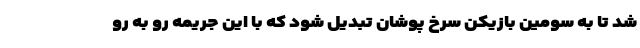
شد تا به سومین بازیکن سرخ پوشان تبدیل شود که با این جریمه رو به رو